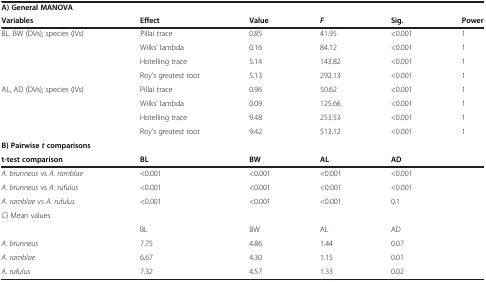
<table><thead><tr><td><b>A) General MANOVA</b></td><td></td><td></td><td></td><td></td><td></td></tr><tr><td><b>Variables</b></td><td><b>Effect</b></td><td><b>Value</b></td><td><b><i>F</i></b></td><td><b>Sig.</b></td><td><b>Power</b></td></tr></thead><tbody><tr><td>BL, BW (DVs); species (IVs)</td><td>Pillai trace</td><td>0.85</td><td>41.95</td><td>&lt;0.001</td><td>1</td></tr><tr><td></td><td>Wilks’ lambda</td><td>0.16</td><td>84.12</td><td>&lt;0.001</td><td>1</td></tr><tr><td></td><td>Hotelling trace</td><td>5.14</td><td>143.82</td><td>&lt;0.001</td><td>1</td></tr><tr><td></td><td>Roy’s greatest root</td><td>5.13</td><td>292.13</td><td>&lt;0.001</td><td>1</td></tr><tr><td>AL, AD (DVs); species (IVs)</td><td>Pillai trace</td><td>0.96</td><td>50.62</td><td>&lt;0.001</td><td>1</td></tr><tr><td></td><td>Wilks’ lambda</td><td>0.09</td><td>125.66</td><td>&lt;0.001</td><td>1</td></tr><tr><td></td><td>Hotelling trace</td><td>9.48</td><td>253.53</td><td>&lt;0.001</td><td>1</td></tr><tr><td></td><td>Roy’s greatest root</td><td>9.42</td><td>513.12</td><td>&lt;0.001</td><td>1</td></tr><tr><td><b>B) Pairwise </b><b><i>t</i></b><b>comparisons</b></td><td></td><td></td><td></td><td></td><td></td></tr><tr><td><b>t-test comparison</b></td><td><b>BL</b></td><td><b>BW</b></td><td><b>AL</b></td><td><b>AD</b></td><td></td></tr><tr><td><i>A. brunneus</i> vs <i>A. ramblae</i></td><td>&lt;0.001</td><td>&lt;0.001</td><td>&lt;0.001</td><td>&lt;0.001</td><td></td></tr><tr><td><i>A. brunneus</i> vs <i>A. rufulus</i></td><td>&lt;0.001</td><td>&lt;0.001</td><td>&lt;0.001</td><td>&lt;0.001</td><td></td></tr><tr><td><i>A. ramblae</i> vs <i>A. rufulus</i></td><td>&lt;0.001</td><td>&lt;0.001</td><td>&lt;0.001</td><td>0.1</td><td></td></tr><tr><td>C) Mean values</td><td></td><td></td><td></td><td></td><td></td></tr><tr><td></td><td>BL</td><td>BW</td><td>AL</td><td>AD</td><td></td></tr><tr><td><i>A. brunneus</i></td><td>7.75</td><td>4.86</td><td>1.44</td><td>0.07</td><td></td></tr><tr><td><i>A. ramblae</i></td><td>6.67</td><td>4.30</td><td>1.15</td><td>0.01</td><td></td></tr><tr><td><i>A. rufulus</i></td><td>7.32</td><td>4.57</td><td>1.33</td><td>0.02</td><td></td></tr></tbody></table>